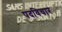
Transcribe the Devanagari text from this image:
पदविचार